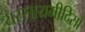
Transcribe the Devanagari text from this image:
यस्सायमीदिसो